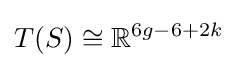
T(S)\cong \mathbb {R} ^{6g-6+2k}